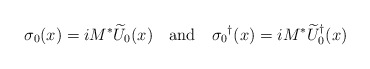
\begin{align*}\sigma_0(x)=iM^*\widetilde{U}_0(x) \quad{\rm and}\quad {\sigma_0}^\dagger(x)=iM^*{\widetilde{U}_0}^\dagger(x)\end{align*}